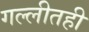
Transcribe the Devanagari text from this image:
गल्लीतही